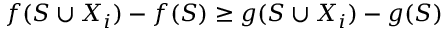
f ( S \cup X _ { i } ) - f ( S ) \geq g ( S \cup X _ { i } ) - g ( S )